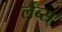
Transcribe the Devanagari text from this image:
र्लैब्स